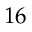
1 6